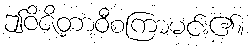
ဤဝိဇိတာဝီစကြာမင်း၏။